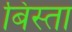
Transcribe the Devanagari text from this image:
बिस्ता